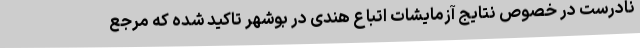
نادرست در خصوص نتایج آزمایشات اتباع هندی در بوشهر تاکید شده که مرجع